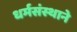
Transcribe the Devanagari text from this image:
धर्मसंस्थाने